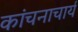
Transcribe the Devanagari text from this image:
कांचनाचार्य